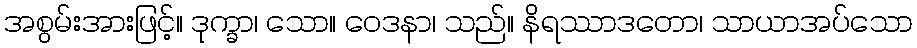
အစွမ်းအားဖြင့်။ ဒုက္ခာ၊ သော။ ဝေဒနာ၊ သည်။ နိရဿာဒတော၊ သာယာအပ်သော